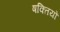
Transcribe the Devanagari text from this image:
षक्तियों